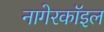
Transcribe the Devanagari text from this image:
नागेरकॉइल